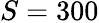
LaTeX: S=300